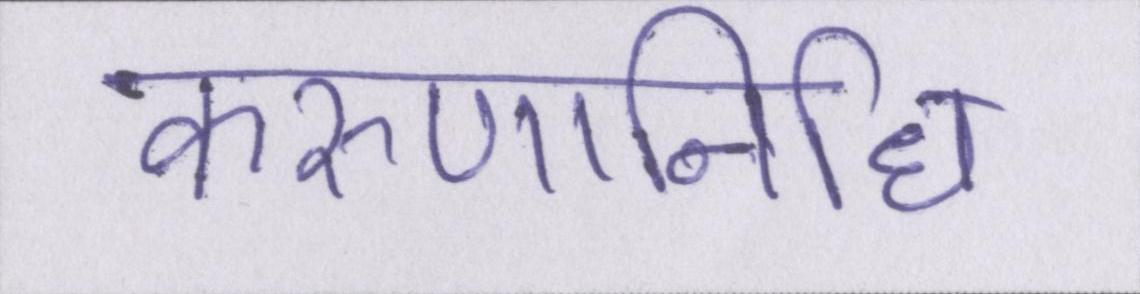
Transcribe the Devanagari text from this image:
करुणानिधि